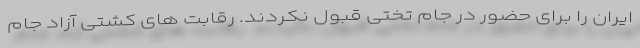
ایران را برای حضور در جام تختی قبول نکردند. رقابت های کشتی آزاد جام